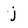
Character: j